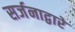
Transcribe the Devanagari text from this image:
सर्जनाद्वारे